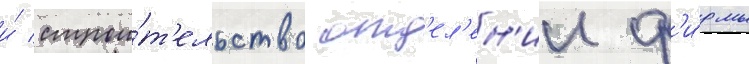
и́ строи́т'ельство отд'ел'ен'ии ф'и́рмы